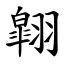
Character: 翶